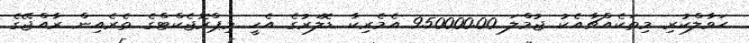
ޙަވާލްކުރި މިތަކެއްޗާއެކު ޖުމްލަ 950000.00 އެމެރިކާ ޑޮލަރުގެ އެހީ މިޕްރޮޖެކްޓްގެ ތެރެއިން ރާއްޖޭގެ